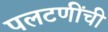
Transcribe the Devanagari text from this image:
पलटणींची